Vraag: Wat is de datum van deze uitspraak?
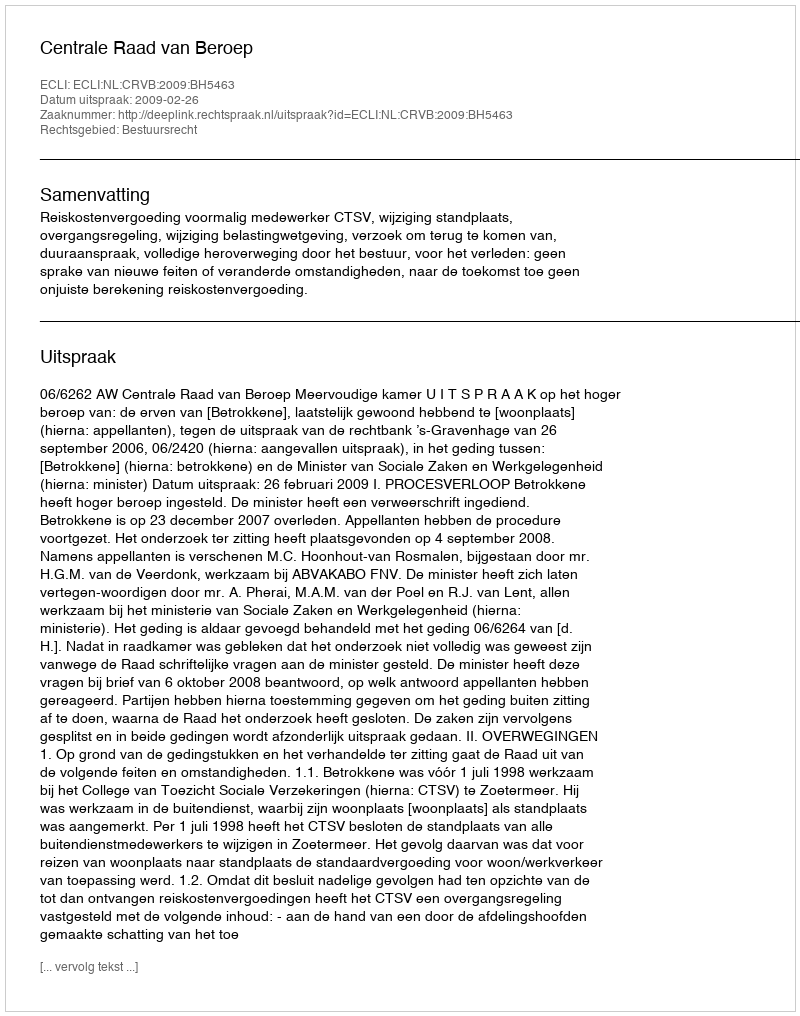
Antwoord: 2009-02-26